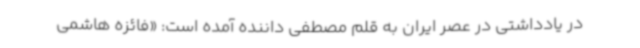
در یادداشتی در عصر ایران به قلم مصطفی داننده آمده است: «فائزه هاشمی